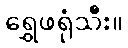
ရွှေဖရုံသီး။